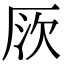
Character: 𠩗